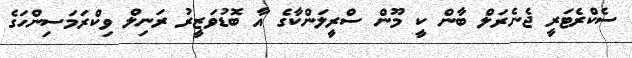
ސެކްރެޓަރީ ޖެނެރަލް ބާން ކީ މޫން ސްރީލަންކާގެ އާ ބޮޑުވަޒީރު ރަނިލް ވިކްރަމަސިންހަގެ